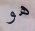
هو